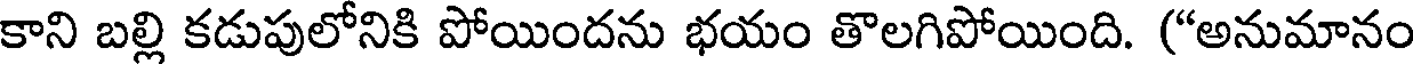
కాని బల్లి కడుపులోనికి పోయిందను భయం తొలగిపోయింది. ("అనుమానం